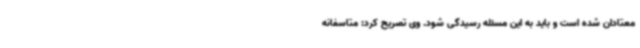
معتادان شده است و باید به این مسئله رسیدگی شود. وی تصریح کرد: متاسفانه